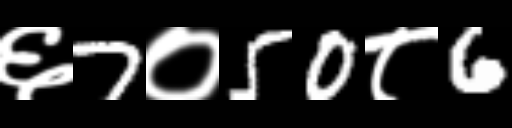
Text: ६7०50८6